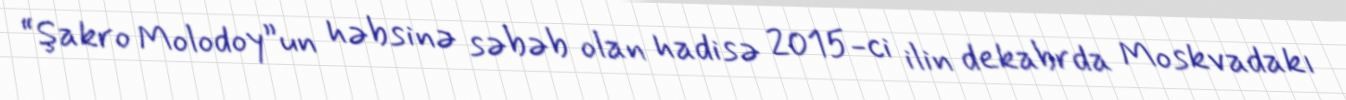
“Şakro Molodoy”un həbsinə səbəb olan hadisə 2015-ci ilin dekabrda Moskvadakı